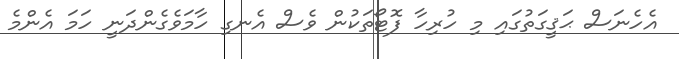
އެހެނަސް ޙަޤީގަތުގައި މި ހުރިހާ ފޮޓޯތަކުން ވެސް އެނގި ހާމަވެގެންދަނީ ހަމަ އެންމެ